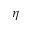
\eta